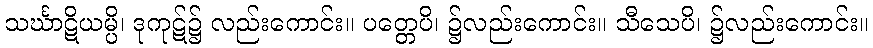
သင်္ဃာဋိယမ္ပိ၊ ဒုကုဋ်၌ လည်းကောင်း။ ပတ္တေပိ၊ ၌လည်းကောင်း။ သီသေပိ၊ ၌လည်းကောင်း။